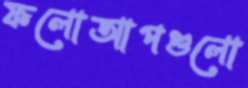
ফলোআপগুলো